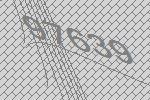
97639